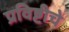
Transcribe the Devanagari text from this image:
प्रविष्टीचे